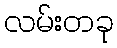
လမ်းတခု